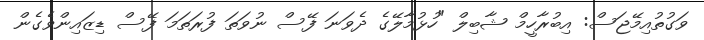
ވަގުތުއިމޭޖަސް: އިބުރާހީމް ޝާބިލް "ހުޅުމާލޭގެ ދެވަނަ ފޭސް ނުވަތަ ފުރަތަމަ ފޭސް ޑިޒައިންވެގެން